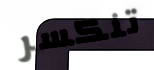
تنكسر